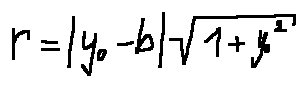
r = | y _ { 0 } - b | \sqrt { 1 + y _ { 0 } ^ { 2 } }